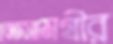
বেতসামগ্রীর